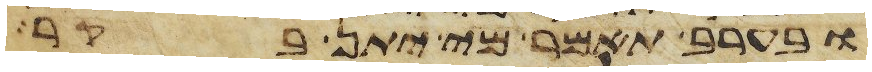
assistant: ובערב תאמר מי יתן בקר